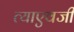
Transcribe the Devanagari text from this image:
त्याएवजी